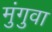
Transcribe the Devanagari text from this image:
मुंगुवा